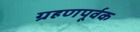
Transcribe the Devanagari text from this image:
ग्रहणपूर्वक